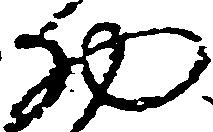
物